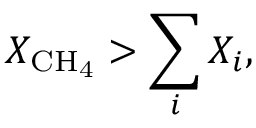
X _ { \mathrm { C H _ { 4 } } } > \sum _ { i } X _ { i } ,